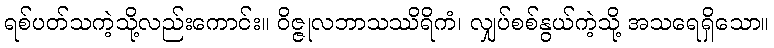
ရစ်ပတ်သကဲ့သို့လည်းကောင်း။ ဝိဇ္ဇုလဘာသဿိရိကံ၊ လျှပ်စစ်နွယ်ကဲ့သို့ အသရေရှိသော။